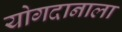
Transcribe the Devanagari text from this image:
योगदानाला